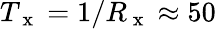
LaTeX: T_{\mathrm{~x~}}=1/R_{\mathrm{~x~}}\approx 50